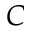
C